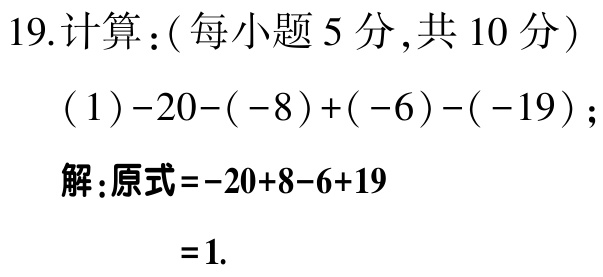
19.计算：(每小题5分,共10分)

(1)$-20-(-8)+(-6)-(-19)$；

解：原式\(=-20 + 8 - 6 + 19\)

\(=1\).